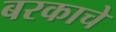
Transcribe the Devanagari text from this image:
बरकाचे